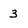
Character: 3